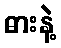
ဓားနဲ့